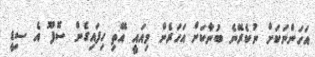
އަހަންނަކަށް ނުކެރޭނެ ބުނާކަށް އަހަރެން މިއައީ އޭތި ހިފައިގެން ސޮފޫ އެ ސިޑީ